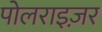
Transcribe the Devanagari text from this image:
पोलराइज़र